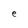
Character: e